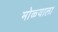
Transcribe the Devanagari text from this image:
मोळ्याला